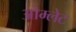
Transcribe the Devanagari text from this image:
ओम्लेट